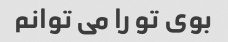
بوی تو را می توانم